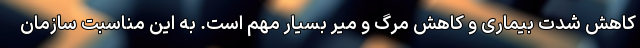
کاهش شدت بیماری و کاهش مرگ و میر بسیار مهم است. به این مناسبت سازمان